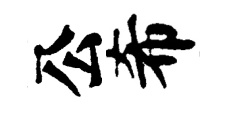
公希